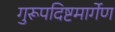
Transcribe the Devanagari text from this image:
गुरूपदिष्टमार्गेण